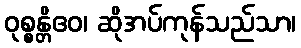
ဝုစ္စန္တိဧဝ၊ ဆိုအပ်ကုန်သည်သာ၊